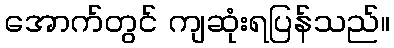
အောက်တွင် ကျဆုံးရပြန်သည်။